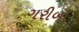
ગરીબો